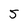
Character: 5